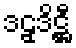
ဒဠှဒိဋ္ဌီ